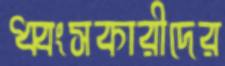
ধ্বংসকারীদের